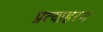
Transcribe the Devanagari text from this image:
प्रत्याहरण